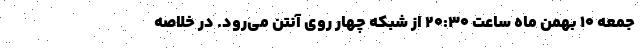
جمعه ۱۰ بهمن ماه ساعت ۲۰:۳۰ از شبکه چهار روی آنتن می‌رود. در خلاصه